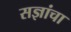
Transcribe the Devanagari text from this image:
सज्ञांचा